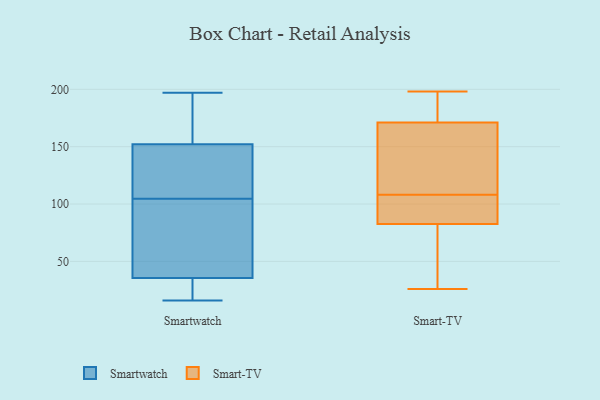
{"axis": {"x": "Revenue (USD Million)", "y": "Value"}, "legend": ["Smart-TV", "Smartwatch"], "data": [{"x": "", "y": 29, "type": "Smartwatch"}, {"x": "", "y": 103, "type": "Smartwatch"}, {"x": "", "y": 79, "type": "Smartwatch"}, {"x": "", "y": 161, "type": "Smartwatch"}, {"x": "", "y": 106, "type": "Smartwatch"}, {"x": "", "y": 160, "type": "Smartwatch"}, {"x": "", "y": 144, "type": "Smartwatch"}, {"x": "", "y": 16, "type": "Smartwatch"}, {"x": "", "y": 36, "type": "Smartwatch"}, {"x": "", "y": 35, "type": "Smartwatch"}, {"x": "", "y": 197, "type": "Smartwatch"}, {"x": "", "y": 137, "type": "Smartwatch"}, {"x": "", "y": 80, "type": "Smart-TV"}, {"x": "", "y": 198, "type": "Smart-TV"}, {"x": "", "y": 96, "type": "Smart-TV"}, {"x": "", "y": 90, "type": "Smart-TV"}, {"x": "", "y": 153, "type": "Smart-TV"}, {"x": "", "y": 109, "type": "Smart-TV"}, {"x": "", "y": 196, "type": "Smart-TV"}, {"x": "", "y": 26, "type": "Smart-TV"}, {"x": "", "y": 54, "type": "Smart-TV"}, {"x": "", "y": 108, "type": "Smart-TV"}, {"x": "", "y": 177, "type": "Smart-TV"}]}